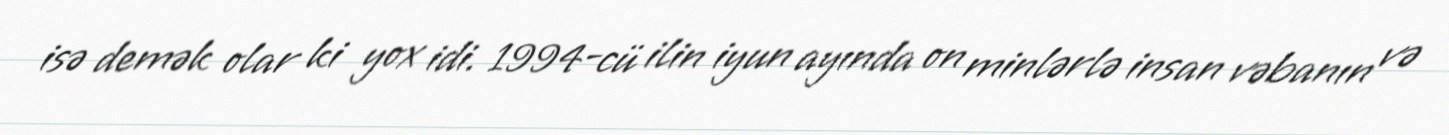
isə demək olar ki yox idi. 1994-cü ilin iyun ayında on minlərlə insan vəbanın və